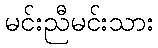
မင်းညီမင်းသား